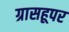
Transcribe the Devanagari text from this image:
ग्रासहूपर